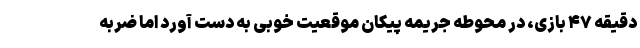
دقیقه ۴۷ بازی، در محوطه جریمه پیکان موقعیت خوبی به دست آورد اما ضربه